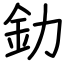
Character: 釛